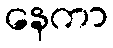
နေကာ